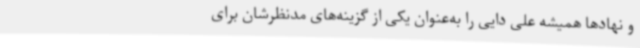
و نهادها همیشه علی دایی را به‌عنوان یکی از گزینه‌های مدنظرشان برای